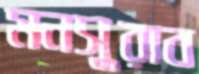
মনসুরাব